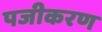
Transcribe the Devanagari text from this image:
पजीकरण